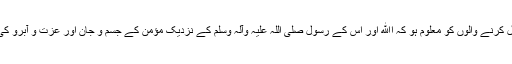
کاش بےدریغ قتل کرنے والوں کو معلوم ہو کہ اﷲ اور اُس کے رسول صلی اللہ علیہ وآلہ وسلم کے نزدیک مؤمن کے جسم و جان اور عزت و آبرو کی کیا اہمیت ہے؟